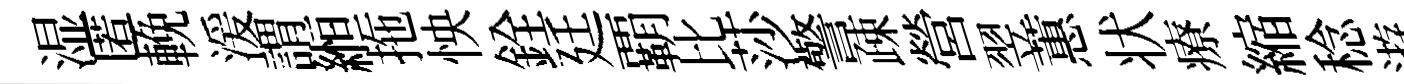
湿匿輓湲謂縆拖怏銓廷覇比莎警疎營翌蕙状療縮稔逰